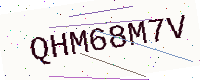
Text: QHM68M7V